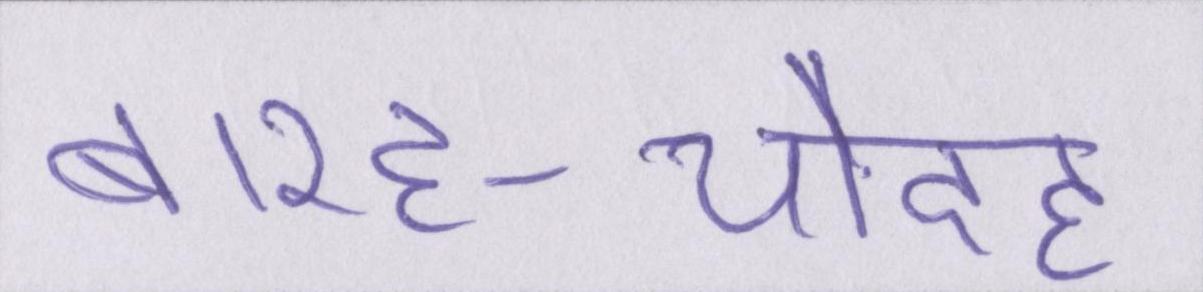
बारह-चौदह